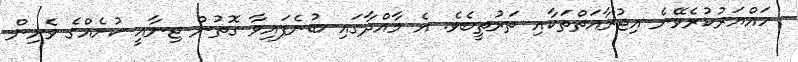
ހައްޔަރުކުރެވޭނެ އިޖުރާއަތްތަކާއި ތަރުތީބެވެ. އެ މާއްދާގައި ބުނެފައިވާ ގޮތުން ޖިނާއީ ކުށެއްގެ ވެށިން